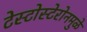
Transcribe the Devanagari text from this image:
टेस्टोस्टेरोनमुळे